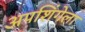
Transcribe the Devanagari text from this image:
अपशिंगेला